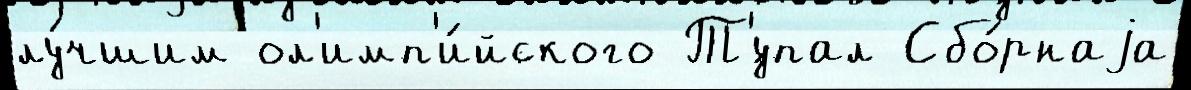
лу́чшим ол'имп'и́йского Т'́упал Сбо́рнаjа